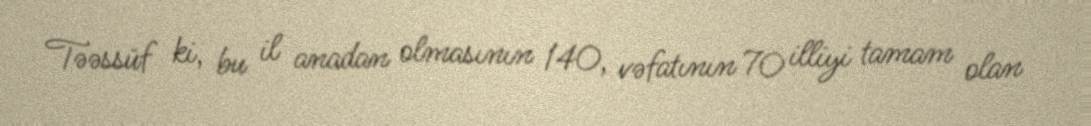
Təəssüf ki, bu il anadan olmasının 140, vəfatının 70 illiyi tamam olan